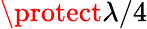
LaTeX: \protect\lambda/4